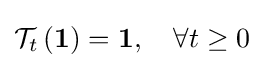
{\mathcal {T}}_{t}\left({\boldsymbol {1}}\right)={\boldsymbol {1}},\quad \forall t\geq 0